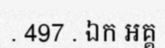
. 497 . ឯក អគ្គ